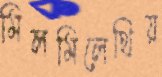
মিলমিলেথিয়